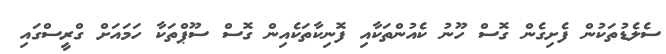
ސެލެޑުތަކުން ފެށިގެން ގޮސް ހޫނު ކެއުންތަކާއި ފޮނިކާތަކެއިން ގޮސް ސޫޕްތަކާ ހަމައަށް ގްރީސްގައި